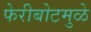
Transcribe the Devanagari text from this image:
फेरीबोटमुळे